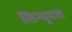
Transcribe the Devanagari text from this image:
सिन्धुदत्त